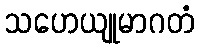
သဟေယျုမာဂတံ